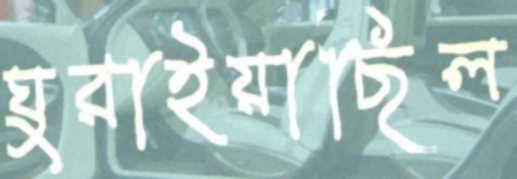
ঘুরাইয়াছিল